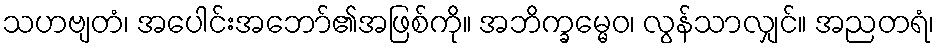
သဟဗျတံ၊ အပေါင်းအဘော်၏အဖြစ်ကို။ အဘိက္ခမ္မေဝ၊ လွန်သာလျှင်။ အညတရံ၊